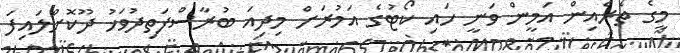
މީގެ ތެރެއިން އަމީން ވަނީ ހައި ކޯޓުގެ އަމުރަށް މިދިއަ ބުރާސްފަތިދުވަހު ދޫކޮށްލައިފަ